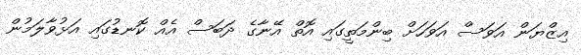
އިޒްޔަން އަވަސް އަވަހަށް ބިންމަތީގައި އޮތް އޭނާގެ ދަބަސް އެއް ކޮނޑުގައި އަޅުވާލަމުން